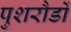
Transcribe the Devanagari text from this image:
पुशरौडों